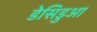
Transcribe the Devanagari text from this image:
डेसिडुआ